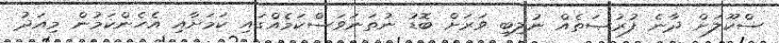
ސްކޫލަށް ދާނެ ފުރުޞަތެއް ނުލިބި ވަރަށް ބޮޑު ނުތަނަވަސްކަމެއްގައި ކަމަށާއި އެހެންކަމުން މިއަދު